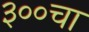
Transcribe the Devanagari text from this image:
३००चा